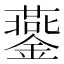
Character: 𨬪